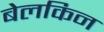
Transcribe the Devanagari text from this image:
बेलकिन